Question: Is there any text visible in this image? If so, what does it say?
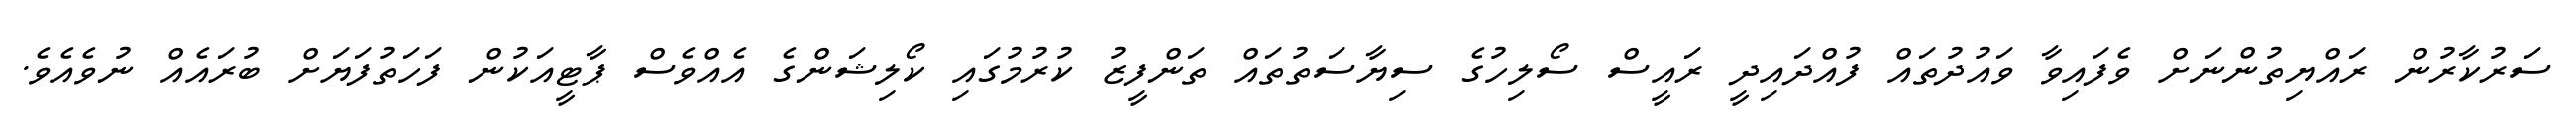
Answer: ސަރުކާރުން ރައްޔިތުންނަށް ވެފައިވާ ވައުދުތައް ފުއްދައިދީ ރައީސް ސޯލިހުގެ ސިޔާސަތުތައް ތަންފީޒު ކުރުމުގައި ކޯލިޝަންގެ އެއްވެސް ޕާޓީއަކުން ފަހަތުފަޔަށް ބުރައެއް ނުވެއެވެ.